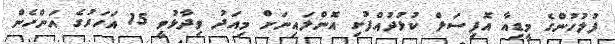
ފުލުހުންގެ މީޑިއާ އޮފިސަލް ކުޅުދުއްފުށި އޮންލައިނަށް މިއަދު ވިދާޅުވީ 15 އަހަރުގެ އަންހެން